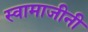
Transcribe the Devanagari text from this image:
स्वामाजीनी